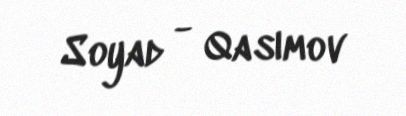
Soyad - Qasımov